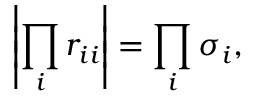
\left| \prod _ { i } r _ { i i } \right| = \prod _ { i } \sigma _ { i } ,